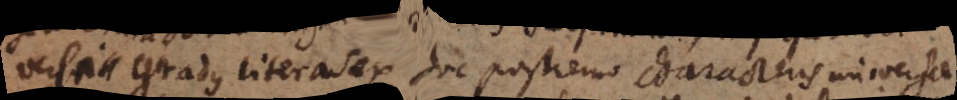
versi gradus literas ex hoc postremo characteris universa-